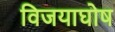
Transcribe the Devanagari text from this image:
विजयाघोष